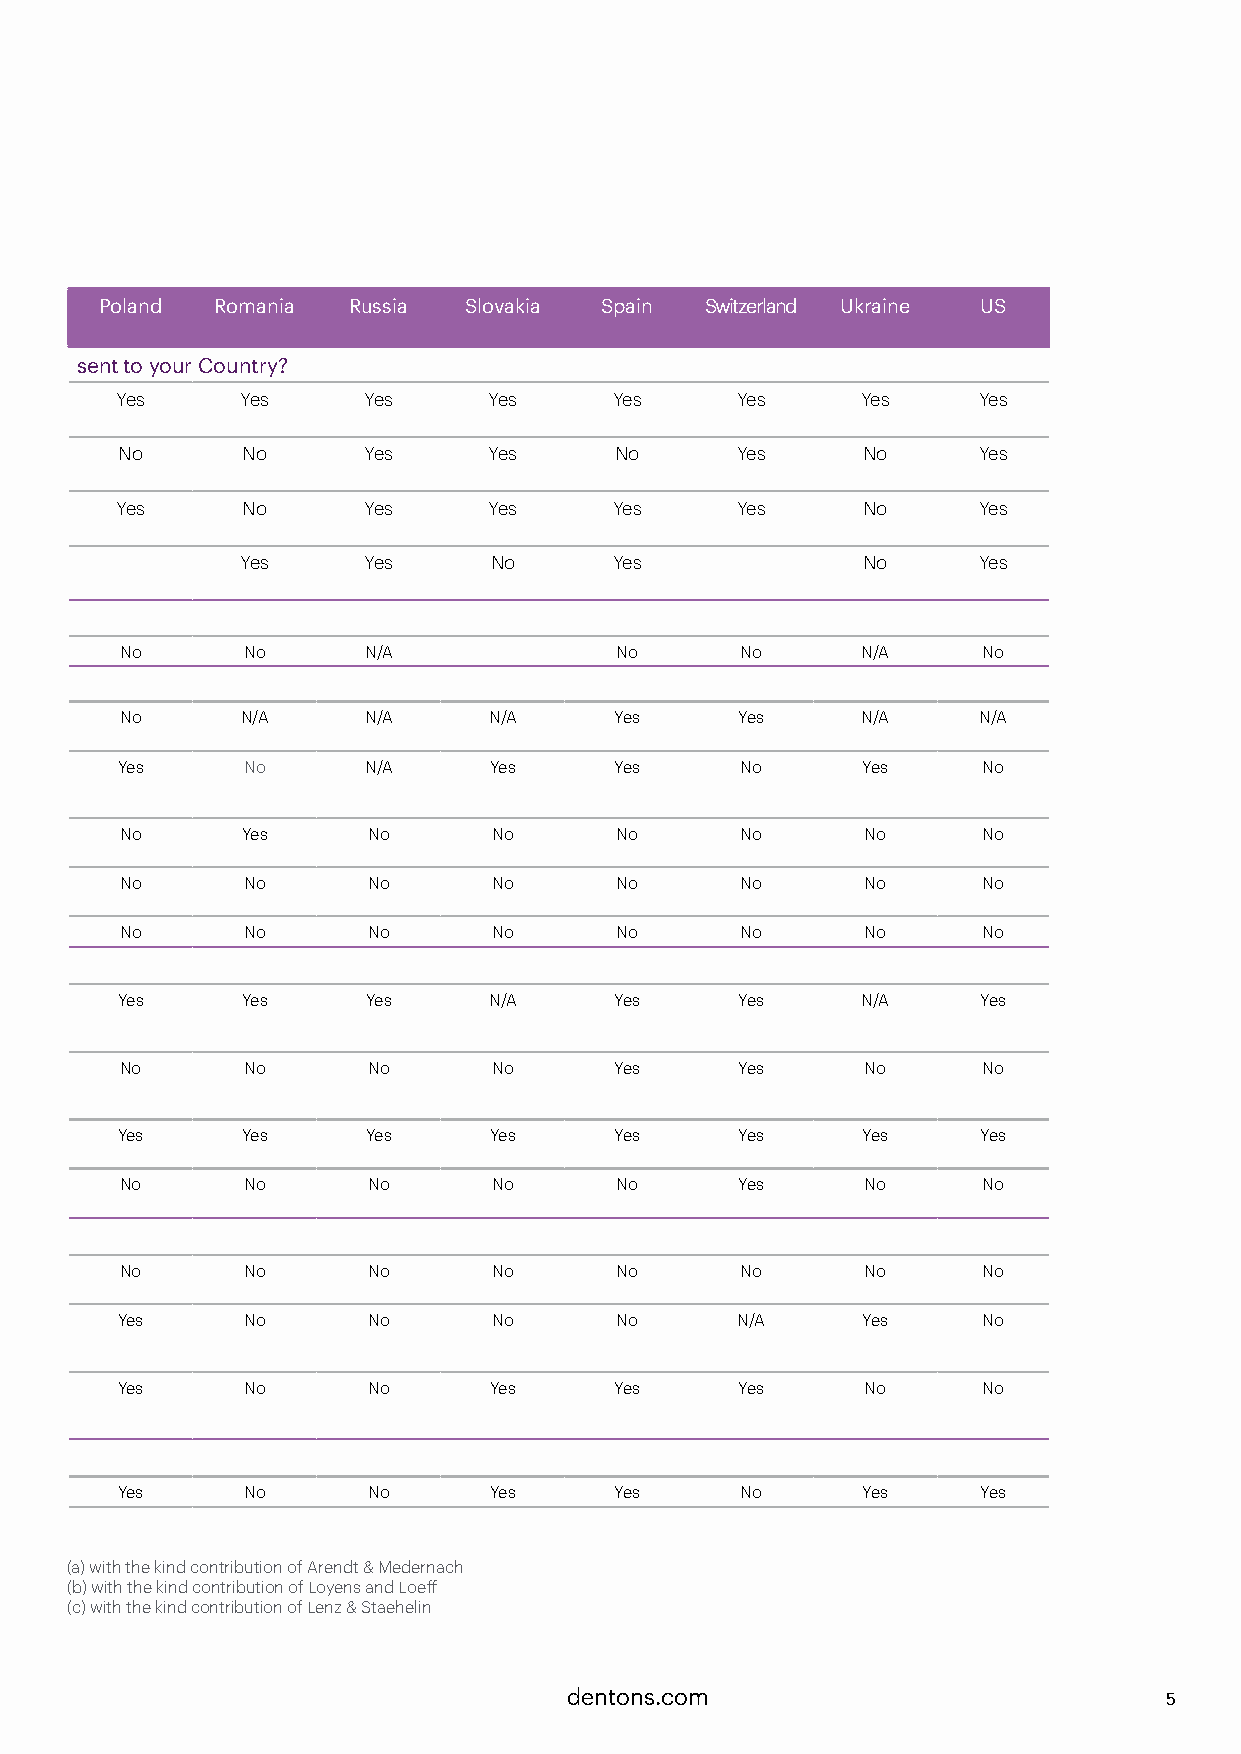
Poland Romania  Russia  Slovakia Spain  Switzerland Ukraine US
 sent to your Country?
 Yes     Yes     Yes     Yes      Yes     Yes     Yes     Yes
 No      No      Yes     Yes      No      Yes     No      Yes
 Yes     No      Yes     Yes      Yes     Yes     No      Yes
 Yes     Yes     No       Yes             No      Yes
 No      No      N/A              No      No      N/A     No
 No      N/A     N/A     N/A      Yes     Yes     N/A     N/A
 Yes     No      N/A     Yes      Yes     No      Yes     No
 No      Yes     No       No      No      No      No      No
 No      No      No       No      No      No      No      No
 No      No      No       No      No      No      No      No
 Yes     Yes     Yes     N/A      Yes     Yes     N/A     Yes
 No      No      No       No      Yes     Yes     No      No
 Yes     Yes     Yes     Yes      Yes     Yes     Yes     Yes
 No      No      No       No      No      Yes     No      No
 No      No      No       No      No      No      No      No
 Yes     No      No       No      No      N/A     Yes     No
 Yes     No      No      Yes      Yes     Yes     No      No
 Yes     No      No      Yes      Yes     No      Yes     Yes
 (a) with the kind contribution of Arendt & Medernach
 (b) with the kind contribution of Loyens and Loeff
 (c) with the kind contribution of Lenz & Staehelin
 dentons.com                            5